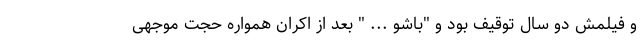
و فیلمش دو سال توقیف بود و "باشو ... " بعد از اکران همواره حجت موجهی